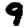
Digit: 9